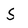
Character: S